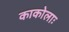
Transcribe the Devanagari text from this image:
काकोलाः